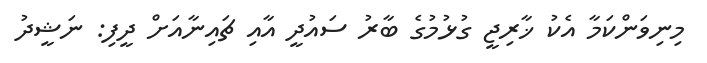
މިނިވަންކަމާ އެކު ޚާރިޖީ ގުޅުމުގެ ބާރު ސައުދީ އާއި ޗައިނާއަށް ދީފި: ނަޝީދު